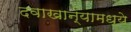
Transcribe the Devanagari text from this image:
दवाखान्यामध्ये